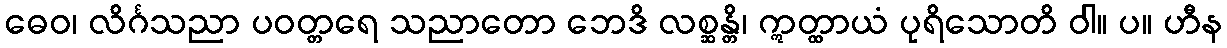
ဓေဝ၊ လိင်္ဂသညာ ပဝတ္တရေ သညာတော ဘေဒိ လစ္ဆန္တိ၊ ဣတ္ထာယံ ပုရိသောတိ ဝါ။ ပ။ ဟီန